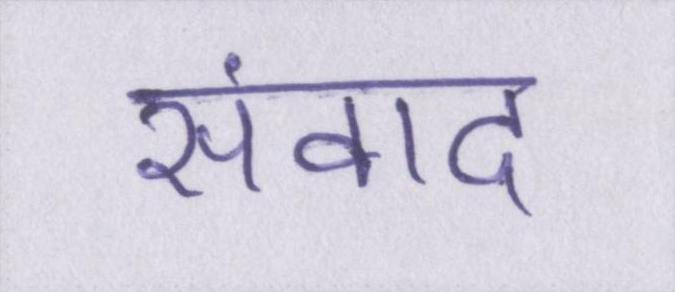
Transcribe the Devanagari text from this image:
संवाद